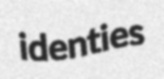
identies